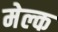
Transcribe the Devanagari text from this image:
मेल्क